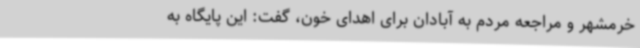
خرمشهر و مراجعه مردم به آبادان برای اهدای خون، گفت: این پایگاه به